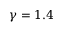
\gamma = 1 . 4